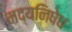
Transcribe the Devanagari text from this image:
मद्यनिषेध